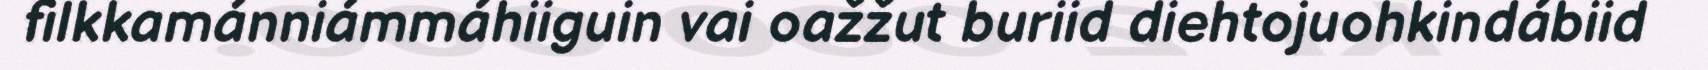
filkkamánniámmáhiiguin vai oažžut buriid diehtojuohkindábiid